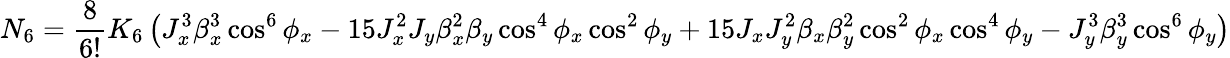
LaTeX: N_{6}=\frac{8}{6!}K_{6}\left(J_{x}^{3}\beta_{x}^{3}\cos^{6}{\phi_{x}}-15J_{x}^{2}J_{y}\beta_{x}^{2}\beta_{y}\cos^{4}{\phi_{x}}\cos^{2}{\phi_{y}}+15J_{x}J_{y}^{2}\beta_{x}\beta_{y}^{2}\cos^{2}{\phi_{x}}\cos^{4}{\phi_{y}}-J_{y}^{3}\beta_{y}^{3}\cos^{6}{\phi_{y}}\right)